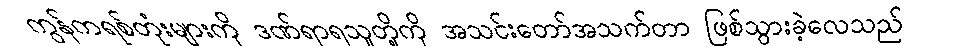
ကွန်ကရစ်တုံးများကို ဒဏ်ရာရသူတို့ကို အသင်းတော်အသက်တာ ဖြစ်သွားခဲ့လေသည်